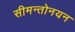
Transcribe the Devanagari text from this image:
सीमन्तोनयन